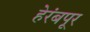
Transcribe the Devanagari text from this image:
हेरंबपूर